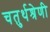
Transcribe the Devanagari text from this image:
चतुर्थश्रेणी